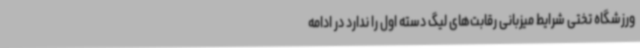
ورزشگاه تختی شرایط میزبانی رقابت‌های لیگ دسته اول را ندارد در ادامه